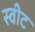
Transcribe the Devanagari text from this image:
स्‍वीट